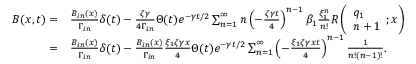
\begin{array} { r l } { B ( x , t ) = } & { \frac { B _ { i n } ( x ) } { \Gamma _ { i n } } \delta ( t ) - \frac { \zeta \gamma } { 4 \Gamma _ { i n } } \Theta ( t ) e ^ { - \gamma t / 2 } \sum _ { n = 1 } ^ { \infty } n \left( - \frac { \zeta \gamma t } { 4 } \right) ^ { n - 1 } \beta _ { 1 } \frac { \xi _ { 1 } ^ { n } } { n ! } R \left( \begin{array} { l } { q _ { 1 } } \\ { n + 1 } \end{array} ; x \right) } \\ { = } & { \frac { B _ { i n } ( x ) } { \Gamma _ { i n } } \delta ( t ) - \frac { B _ { i n } ( x ) } { \Gamma _ { i n } } \frac { \xi _ { 1 } \zeta \gamma x } { 4 } \Theta ( t ) e ^ { - \gamma t / 2 } \sum _ { n = 1 } ^ { \infty } \left( - \frac { \xi _ { 1 } \zeta \gamma x t } { 4 } \right) ^ { n - 1 } \frac { 1 } { n ! ( n - 1 ) ! } . } \end{array}